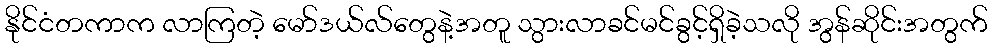
နိုင်ငံတကာက လာကြတဲ့ မော်ဒယ်လ်တွေနဲ့အတူ သွားလာခင်မင်ခွင့်ရှိခဲ့သလို အွန်ဆိုင်းအတွက်